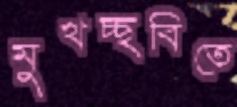
মুখচ্ছবিতে